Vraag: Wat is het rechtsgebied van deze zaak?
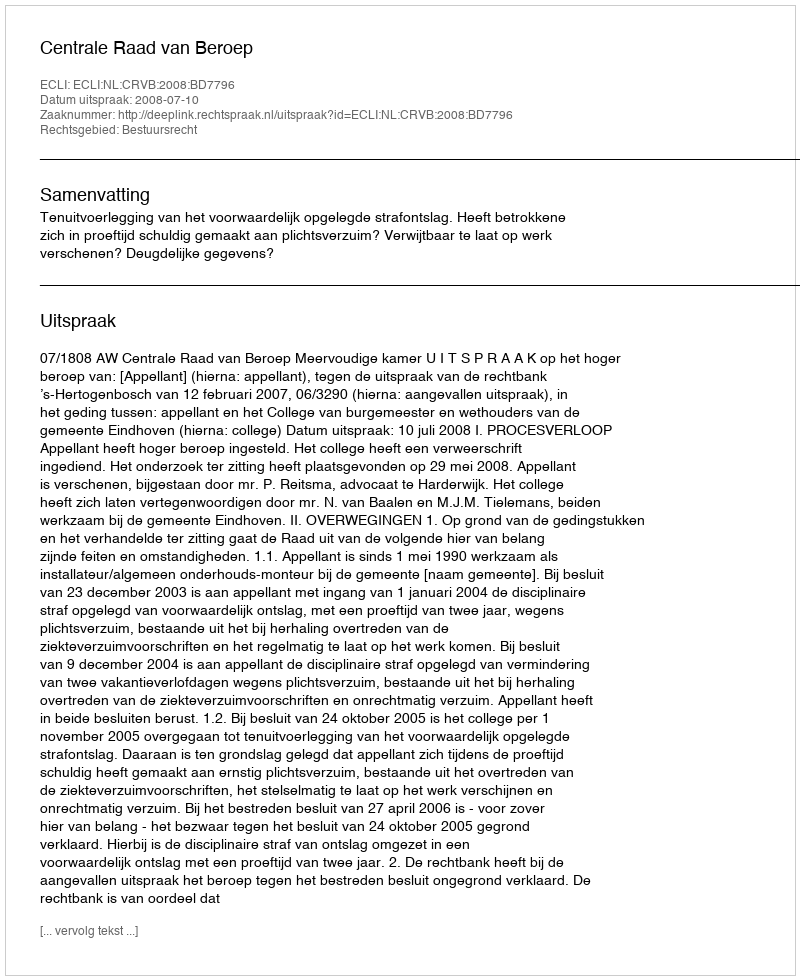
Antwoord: Bestuursrecht